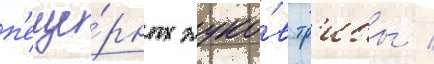
п'еще́рных жуко́в тр'ибы /